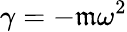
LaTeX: \gamma=-\mathfrak{m}\omega^{2}